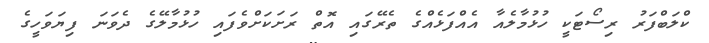
ކްލަބްފަރު ރިސޯޓަކީ ހުޅުމާލެއާ އެއްފަޅެއްގެ ތެރޭގައި އޮތް ރަށަކަށްވެފައި ހުޅުމާލޭގެ ދެވަނަ ފިޔަވަހީގެ